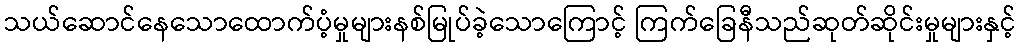
သယ်ဆောင်နေသောထောက်ပံ့မှုများနစ်မြုပ်ခဲ့သောကြောင့် ကြက်ခြေနီသည်ဆုတ်ဆိုင်းမှုများနှင့်